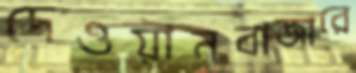
দেওয়ানবাজারে